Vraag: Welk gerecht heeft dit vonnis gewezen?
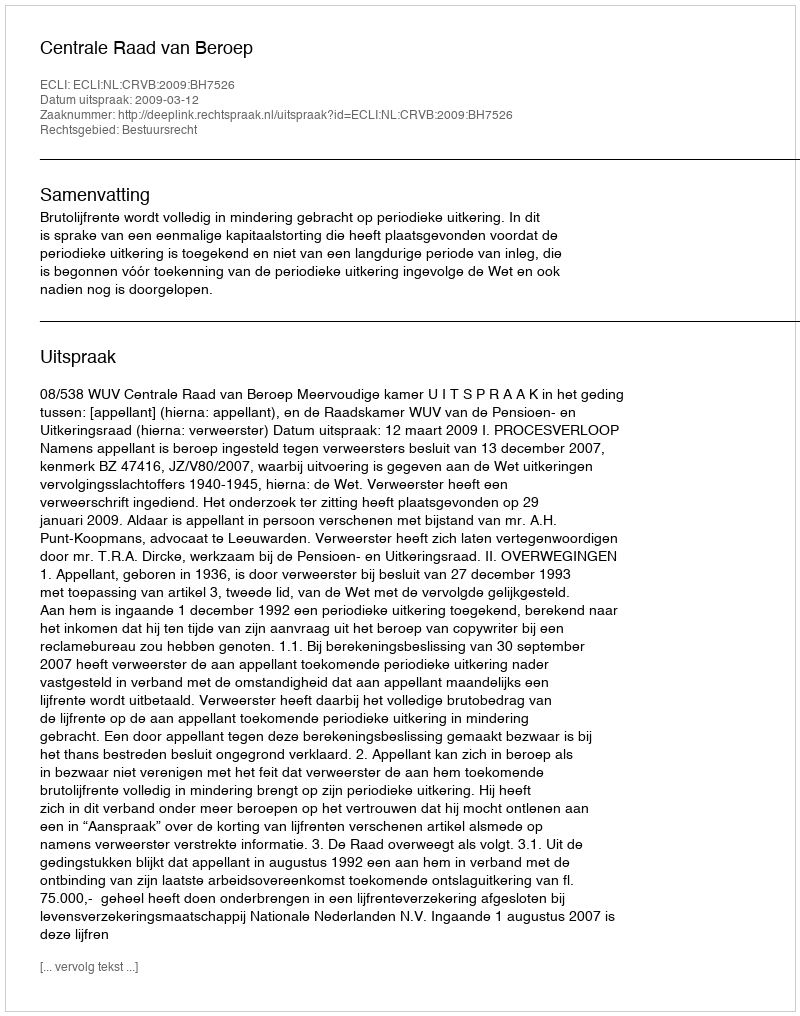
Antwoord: Centrale Raad van Beroep